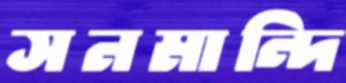
সনমান্দি